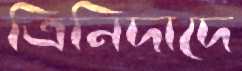
ত্রিনিদাদে